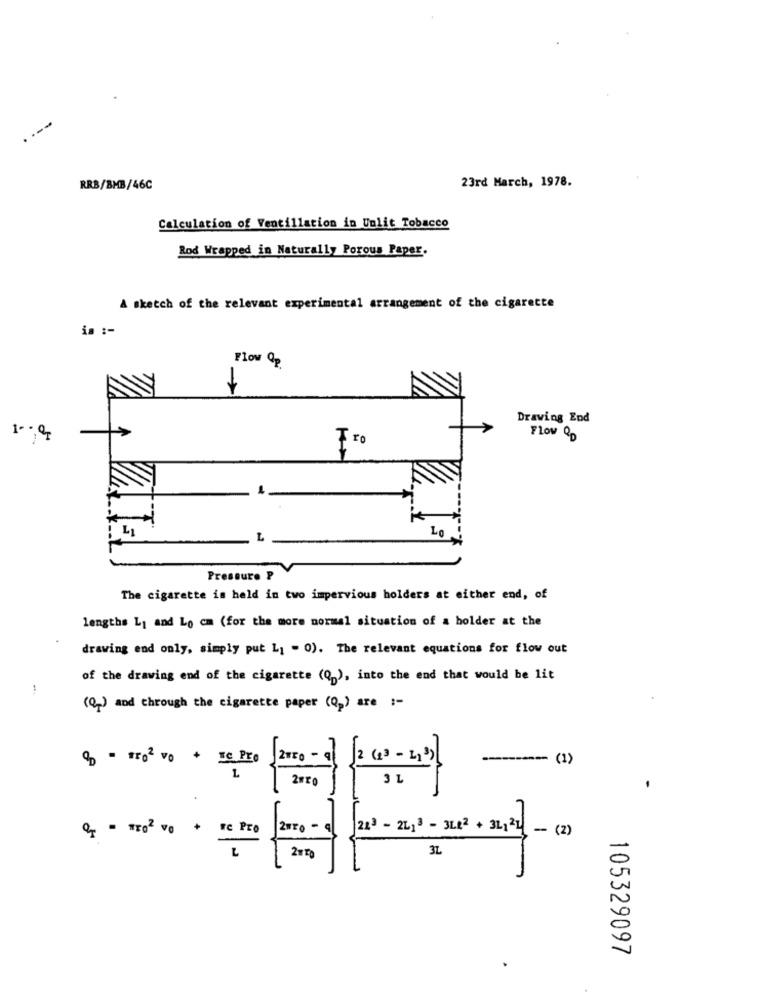
23rd March, 1978.
RRB/BMB/46C
Calculation of Ventillation in Unlit Tobacco
Rod Wrapped in Naturally Porous Paper.
A sketch of the relevant experimental arrangement of the cigarette
ia :-
Flow Op
Drawing End
Flow Qp
L1
L
Pressure P
The cigarette is held in two impervious holders at either end, of
lengths Ly and Lo cm (for the more normal situation of a holder at the
drawing end only, simply put L1 - 0). The relevant equations for flow out
of the drawing end of the cigarette (0), into the end that would be lit
(Q) and through the cigarette paper (Op) are :-
$ = = r02 vo
+ IC Pro
2010 -0 2 (3 -21336
------ (1)
L
31
2020 - a 213 - 2L13 - 3LE2 + 3L124 - (2)
L
3L
105329097